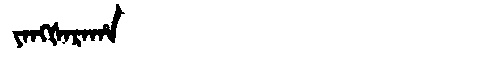
Manchu: ᠶᠠᠩᡧᠠᡵᠠᡥᠠ
Romanization: YANGŠARAHA